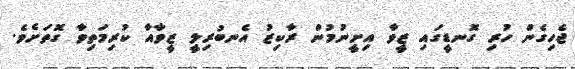
ޖެހިގެން ހުރި ގޮނޑީގައި ޒީވާ އިށީނުމުން ރާކިޒު އެނބުރިލީ ޒީވާއާ ކުރިމަތިވާ ގޮތަށެވެ.